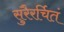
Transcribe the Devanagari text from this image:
सुरैरर्चितं